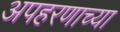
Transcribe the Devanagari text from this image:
अपहरणाच्या